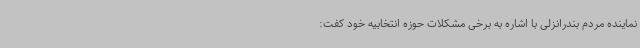
نماینده مردم بندرانزلی با اشاره به برخی مشکلات حوزه انتخابیه خود کفت: